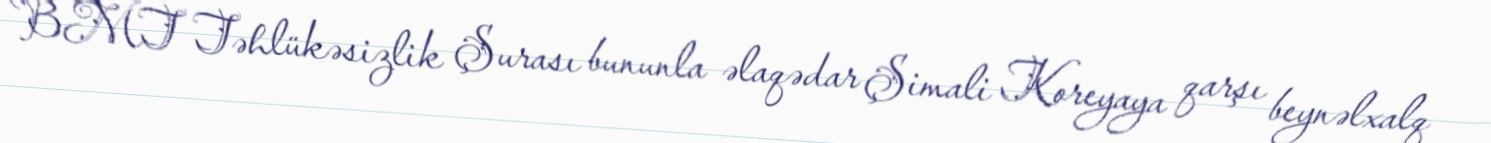
BMT Təhlükəsizlik Şurası bununla əlaqədar Şimali Koreyaya qarşı beynəlxalq